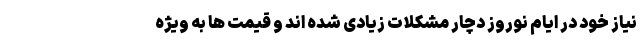
نیاز خود در ایام نوروز دچار مشکلات زیادی شده اند و قیمت ها به ویژه